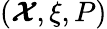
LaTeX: (\boldsymbol{\cal X},\xi,P)